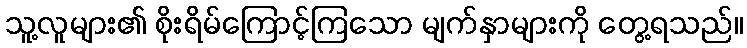
သူ့လူများ၏ စိုးရိမ်ကြောင့်ကြသော မျက်နှာများကို တွေ့ရသည်။